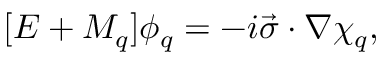
[ E + M _ { q } ] \phi _ { q } = - i \vec { \sigma } \cdot \nabla \chi _ { q } ,